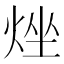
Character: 𤉛